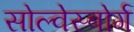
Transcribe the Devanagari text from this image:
सोल्वेस्बोर्ग